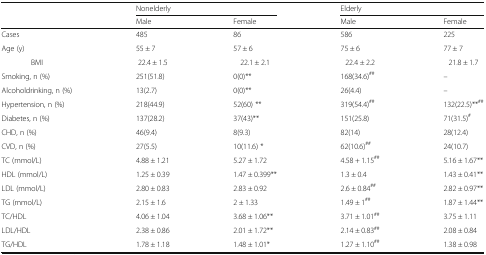
<table><thead><tr><td rowspan="2"></td><td colspan="2"><b>Nonelderly</b></td><td colspan="2"><b>Elderly</b></td></tr><tr><td><b>Male</b></td><td><b>Female</b></td><td><b>Male</b></td><td><b>Female</b></td></tr></thead><tbody><tr><td>Cases</td><td>485</td><td>86</td><td>586</td><td>225</td></tr><tr><td>Age (y)</td><td>55 ± 7</td><td>57 ± 6</td><td>75 ± 6</td><td>77 ± 7</td></tr><tr><td>BMI</td><td>22.4 ± 1.5</td><td>22.1 ± 2.1</td><td>22.4 ± 2.2</td><td>21.8 ± 1.7</td></tr><tr><td>Smoking, n (%)</td><td>251(51.8)</td><td>0(0)**</td><td>168(34.6)<sup>##</sup></td><td>–</td></tr><tr><td>Alcoholdrinking, n (%)</td><td>13(2.7)</td><td>0(0)**</td><td>26(4.4)</td><td>–</td></tr><tr><td>Hypertension, n (%)</td><td>218(44.9)</td><td>52(60) **</td><td>319(54.4)<sup>##</sup></td><td>132(22.5)**<sup>##</sup></td></tr><tr><td>Diabetes, n (%)</td><td>137(28.2)</td><td>37(43)**</td><td>151(25.8)</td><td>71(31.5)<sup>#</sup></td></tr><tr><td>CHD, n (%)</td><td>46(9.4)</td><td>8(9.3)</td><td>82(14)</td><td>28(12.4)</td></tr><tr><td>CVD, n (%)</td><td>27(5.5)</td><td>10(11.6) *</td><td>62(10.6)<sup>##</sup></td><td>24(10.7)</td></tr><tr><td>TC (mmol/L)</td><td>4.88 ± 1.21</td><td>5.27 ± 1.72</td><td>4.58 + 1.15<sup>##</sup></td><td>5.16 ± 1.67**</td></tr><tr><td>HDL (mmol/L)</td><td>1.25 ± 0.39</td><td>1.47 ± 0.399**</td><td>1.3 ± 0.4</td><td>1.43 ± 0.41**</td></tr><tr><td>LDL (mmol/L)</td><td>2.80 ± 0.83</td><td>2.83 ± 0.92</td><td>2.6 ± 0.84<sup>##</sup></td><td>2.82 ± 0.97**</td></tr><tr><td>TG (mmol/L)</td><td>2.15 ± 1.6</td><td>2 ± 1.33</td><td>1.49 ± 1<sup>##</sup></td><td>1.87 ± 1.44**</td></tr><tr><td>TC/HDL</td><td>4.06 ± 1.04</td><td>3.68 ± 1.06**</td><td>3.71 ± 1.01<sup>##</sup></td><td>3.75 ± 1.11</td></tr><tr><td>LDL/HDL</td><td>2.38 ± 0.86</td><td>2.01 ± 1.72**</td><td>2.14 ± 0.83<sup>##</sup></td><td>2.08 ± 0.84</td></tr><tr><td>TG/HDL</td><td>1.78 ± 1.18</td><td>1.48 ± 1.01*</td><td>1.27 ± 1.10<sup>##</sup></td><td>1.38 ± 0.98</td></tr></tbody></table>